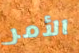
الأمر